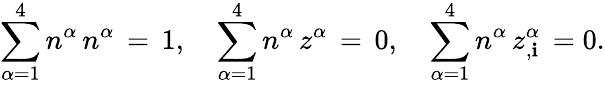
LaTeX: \sum_{\alpha=1}^{4}n^{\alpha}\, n^{\alpha}\, =\, 1,\quad\sum_{\alpha=1}^{4}n^{\alpha}\, z^{\alpha}\, =\, 0,\quad\sum_{\alpha=1}^{4}n^{\alpha}\, z_{,\mathbf{i}}^{\alpha}\, =0.